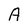
Character: A